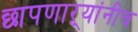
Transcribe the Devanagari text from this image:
छापणाऱ्यांनीच